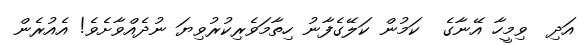
އަދި  ވިމީހާ އޭނާގެ  ކަމުން ކަލޭގެފާނު ހިތާމަވެރިކުރުވިޔަ ނުދެއްވާށެވެ! އެއުރެން